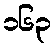
၁၆၃